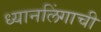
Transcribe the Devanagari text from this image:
ध्यानलिंगाची